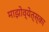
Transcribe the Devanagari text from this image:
माझोव्येत्स्का